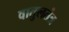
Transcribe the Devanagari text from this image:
वातुलतंत्र